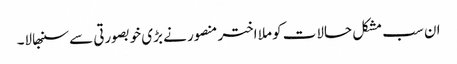
ان سب مشکل حالات کو ملا اختر منصور نے بڑی خوبصورتی سے سنبھالا۔